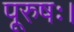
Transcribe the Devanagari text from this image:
पूरुषः।